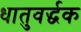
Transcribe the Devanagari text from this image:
धातुवर्द्धक